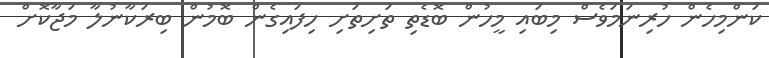
ކަންމިހެން ހުރިނަމަވެސް މިބައި މީހުން ބޮޑެތި ތަށިތަށި ހިފައިގެން ބޮމުން ބިރަކާނުލާ މަޖާކޮށް